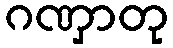
ဂဏှာတု